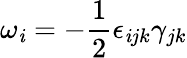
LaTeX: \omega_{\mathit{i}}=-\frac{{1}}{{2}}\epsilon_{\mathit{i}jk}\gamma_{jk}